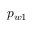
p _ { w 1 }